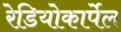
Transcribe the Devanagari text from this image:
रेडियोकार्पेल